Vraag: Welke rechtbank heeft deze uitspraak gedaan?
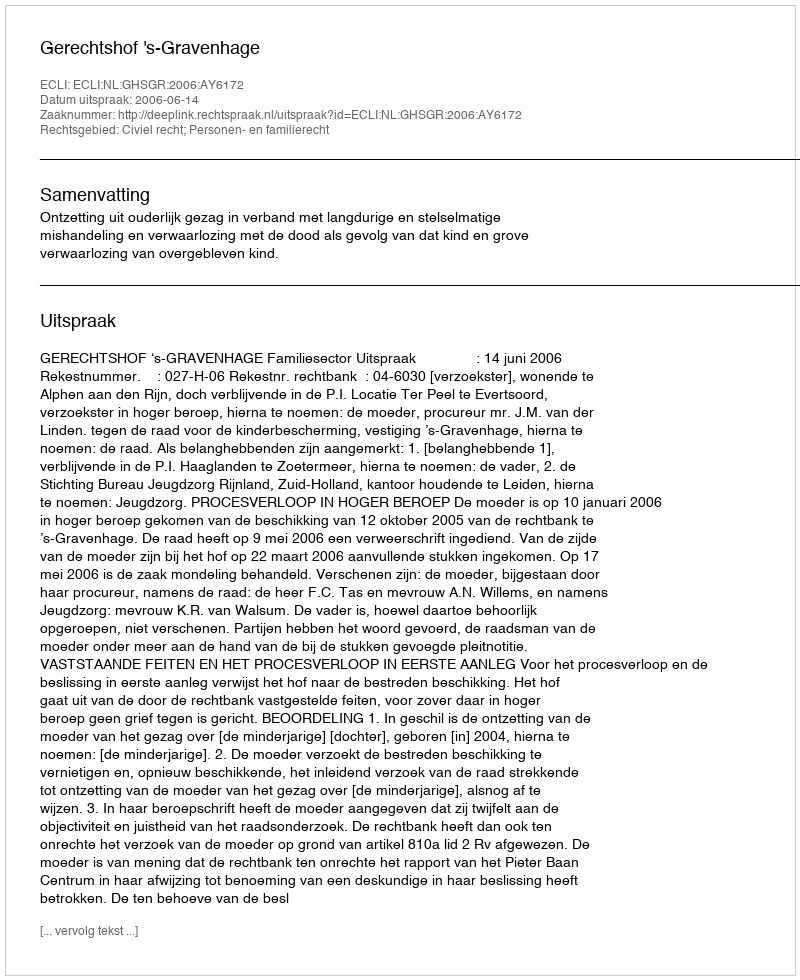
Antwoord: Gerechtshof 's-Gravenhage